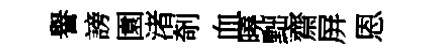
譽謗園渚剞血曉黜齋屏恩